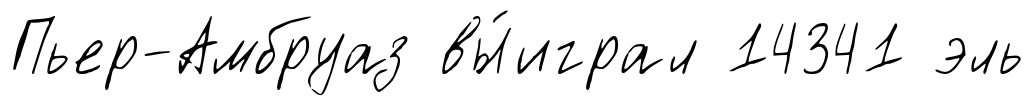
Пьер-Амбруаз вы́играл 14341 эль